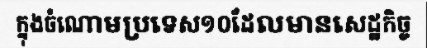
ក្នុងចំណោមប្រទេស១០ដែលមានសេដ្ឋកិច្ច